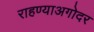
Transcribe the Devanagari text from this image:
राहण्याअगोदर